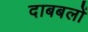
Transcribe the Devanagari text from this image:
दाबबलों